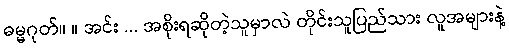
ဓမ္မဂုတ်။ ။ အင်း ... အစိုးရဆိုတဲ့သူမှာလဲ တိုင်းသူပြည်သား လူအများနဲ့